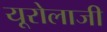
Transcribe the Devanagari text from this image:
यूरोलाजी